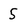
Character: 5